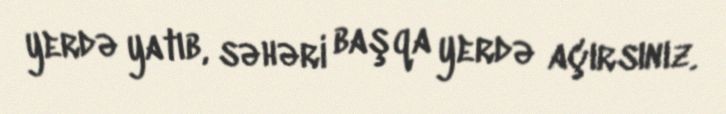
yerdə yatıb, səhəri başqa yerdə açırsınız.